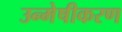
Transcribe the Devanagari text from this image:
उन्मेषीकरण